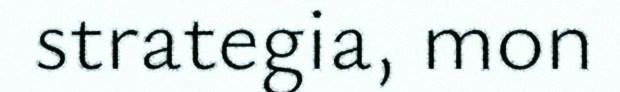
strategia, mon